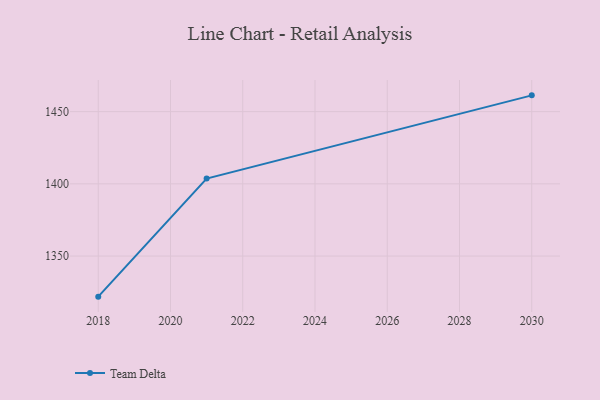
{"axis": {"x": "Year", "y": "Population (Million)"}, "legend": ["Team Delta"], "data": [{"x": "2030", "y": 1461.3, "type": "Team Delta"}, {"x": "2021", "y": 1403.7, "type": "Team Delta"}, {"x": "2018", "y": 1321.9, "type": "Team Delta"}]}